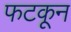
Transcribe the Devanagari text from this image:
फटकून